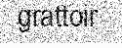
grattoir